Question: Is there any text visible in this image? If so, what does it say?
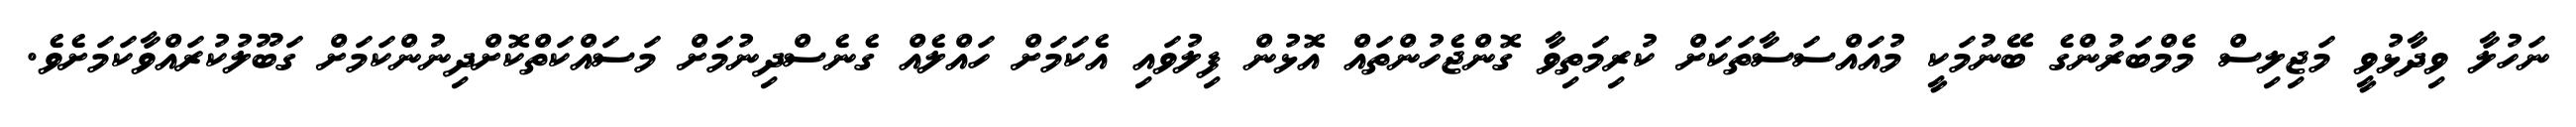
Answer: ނަހުލާ ވިދާޅުވީ މަޖިލިސް މެމްބަރުންގެ ބޭނުމަކީ މުއައްސަސާތަކަށް ކުރިމަތިވާ ގޮންޖެހުންތައް އޮޅުން ފިލުވައި އެކަމަށް ހައްލެއް ގެނެސްދިނުމަށް މަސައްކަތްކޮށްދިނުންކަމަށް ގަބޫލުކުރައްވާކަމަށެވެ.